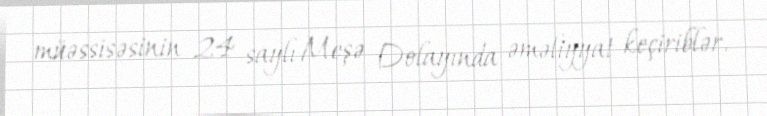
müəssisəsinin 24 saylı Meşə Dolayında əməliyyat keçiriblər.